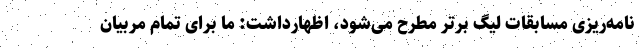
نامه‌ریزی مسابقات لیگ برتر مطرح می‌شود، اظهارداشت: ما برای تمام مربیان